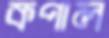
কপাল